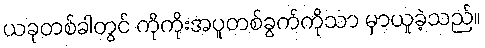
ယခုတစ်ခါတွင် ကိုကိုးအပူတစ်ခွက်ကိုသာ မှာယူခဲ့သည်။